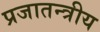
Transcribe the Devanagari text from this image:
प्रजातन्त्रीय